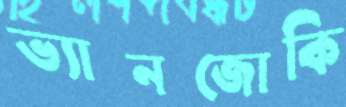
ভ্যানজোকি